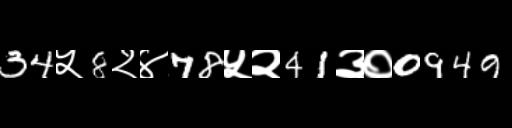
Text: 34५8२४78५२41३०0949